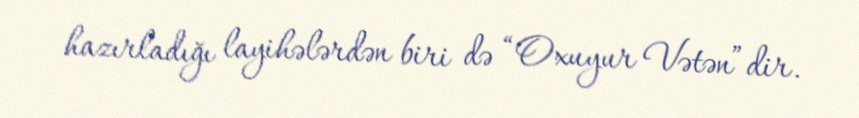
hazırladığı layihələrdən biri də “Oxuyur Vətən”dir.